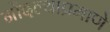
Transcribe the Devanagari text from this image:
नोंदल्याप्रमाणे